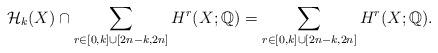
LaTeX: \begin{align*}\mathcal H_k(X)\cap \sum_{r\in [0, k]\cup [2n-k, 2n]} H^r(X;\mathbb Q)=\sum_{r\in [0, k]\cup [2n-k, 2n]} H^r(X;\mathbb Q).\end{align*}